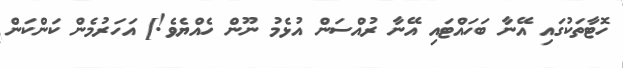
ހޮޓާތަކުގައި އޭނާ ބަހައްޓައި އޭނާ ރުއްސަން އުޅެމު ނޫން ހެއްޔެވެ!] އަހަރުމެން ކަންކަން